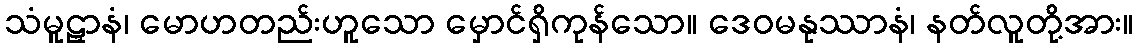
သံမူဠှာနံ၊ မောဟတည်းဟူသော မှောင်ရှိကုန်သော။ ဒေဝမနုဿာနံ၊ နတ်လူတို့အား။